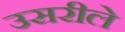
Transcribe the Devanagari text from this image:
उसरीले